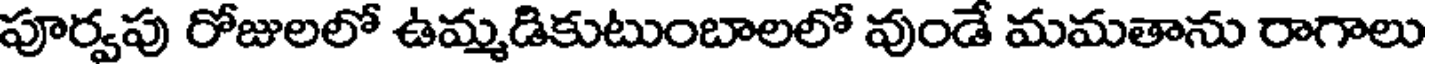
పూర్వపు రోజులలో ఉమ్మడికుటుంబాలలో వుండే మమతాను రాగాలు